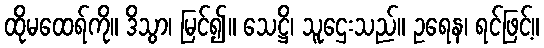
ထိုမထေရ်ကို။ ဒိသွာ၊ မြင်၍။ သေဋ္ဌိ၊ သူဌေးသည်။ ဥရေန၊ ရင်ဖြင့်။